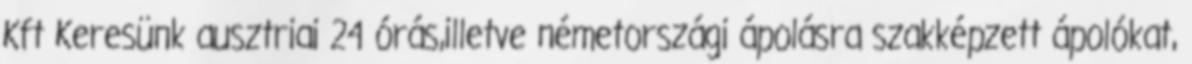
Kft Keresünk ausztriai 24 órás,illetve németországi ápolásra szakképzett ápolókat,